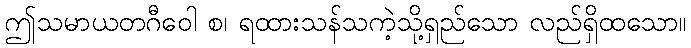
ဤသမာယတဂီဝေါ စ၊ ရထားသန်သကဲ့သို့ရှည်သော လည်ရှိထသော။